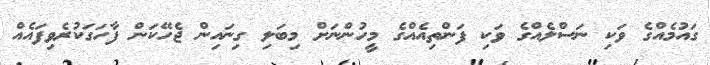
ގައުމެއްގެ ވަކި ނަސްލެއްގެ ވަކި ފަންތިއެއްގެ މީހުންނަށް މިބަލި ގިނައިން ޖެހޭކަން ފާހަގަކުރެވިފައެއް